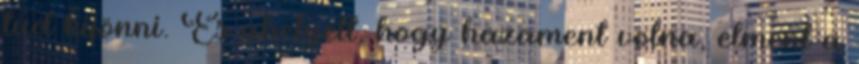
tud kijönni. És ahelyett, hogy hazament volna, elment a